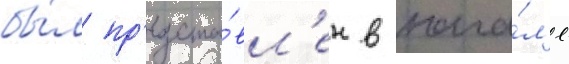
бы́л пр'едста́вл'ен в нача́л'е